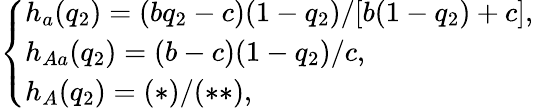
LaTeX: \left\{ \begin{array}{ll}{h_{a}(q_{2})=(bq_{2}-c)(1-q_{2})/[b(1-q_{2})+c],}\\ {h_{Aa}(q_{2})=(b-c)(1-q_{2})/c,}\\ {h_{A}(q_{2})=(\ast)/(\ast\ast),}\end{array}\right.